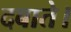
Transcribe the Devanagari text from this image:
दबाते।